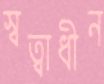
স্বত্বাধীন